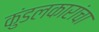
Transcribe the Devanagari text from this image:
कुंडलकारांचा